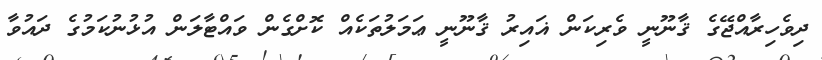
ދިވެހިރާއްޖޭގެ ޤާނޫނީ ވެރިކަން ޣައިރު ޤާނޫނީ ޢަމަލުތަކެއް ކޮށްގެން ވައްޓާލަން އުޅުނުކަމުގެ ދައުވާ